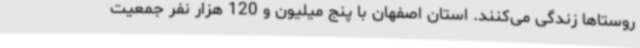
روستاها زندگی می‌کنند. استان اصفهان با پنج میلیون و 120 هزار نفر جمعیت